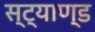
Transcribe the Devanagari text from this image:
स्ट्याण्ड